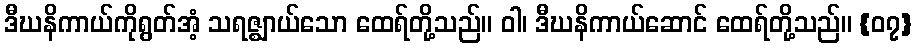
ဒီဃနိကာယ်ကိုရွတ်အံ့ သရဇ္ဈာယ်သော ထေရ်တို့သည်။ ဝါ၊ ဒီဃနိကာယ်ဆောင် ထေရ်တို့သည်။ {၀၇}